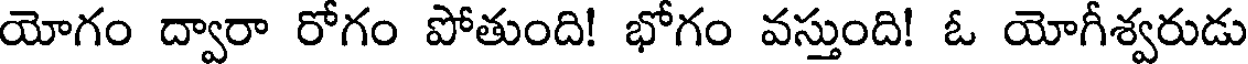
యోగం ద్వారా రోగం పోతుంది! భోగం వస్తుంది! ఓ యోగీశ్వరుడు